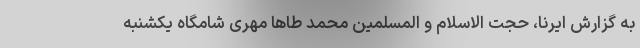
به گزارش ایرنا، حجت الاسلام و المسلمین محمد طاها مهری شامگاه یکشنبه